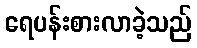
ရေပန်းစားလာခဲ့သည်